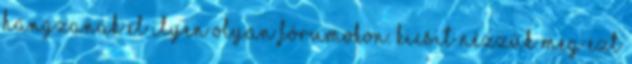
hangzanak el ilyen olyan fórumokon. Kicsit nézzük meg ezt